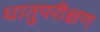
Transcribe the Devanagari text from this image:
धातुपरीक्षण